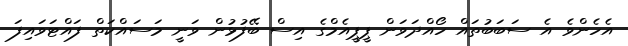
އެހެންވެ އެ ސަބަބުތައް ހޯއްދަވަން ޕީޕީއެމްގެ އިސް ބޭފުޅުން ވަނީ މަސައްކަތް ފައްޓަވައިފަ